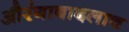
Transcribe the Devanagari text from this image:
औरंगाबादलाच